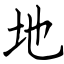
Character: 地